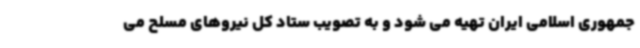
جمهوری اسلامی ایران تهیه می شود و به تصویب ستاد کل نیروهای مسلح می